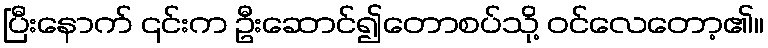
ပြီးနောက် ၎င်းက ဦးဆောင်၍တောစပ်သို့ ဝင်လေတော့၏။